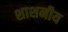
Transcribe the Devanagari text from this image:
शाशनीय